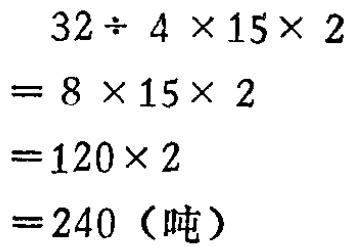
\[
\begin{align*}
&32\div 4\times 15\times 2\\
=&8\times 15\times 2\\
=&120\times 2\\
=&240 (\text{吨})
\end{align*}
\]